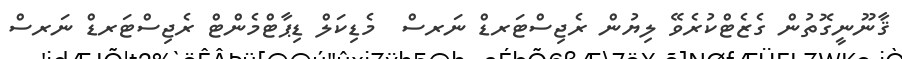
ޤާނޫނީގޮތުން ގެޒެޓްކުރެވޭ ލިޔުން ރެޖިސްޓަރޑް ނަރސް  މެޑިކަލް ޑިޕާޓްމެންޓް ރެޖިސްޓަރޑް ނަރސް